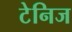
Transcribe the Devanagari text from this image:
टेनिज